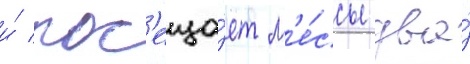
и́ пос'еща́ет м'е́ссы два́